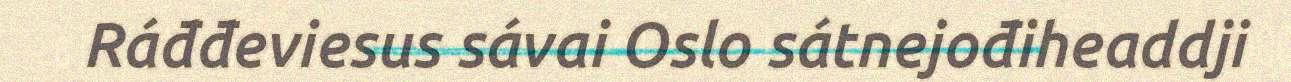
Ráđđeviesus sávai Oslo sátnejođiheaddji